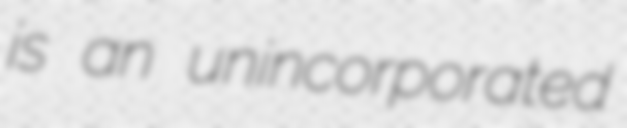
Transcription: is an unincorporated